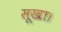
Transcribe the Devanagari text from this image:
सूखा।